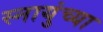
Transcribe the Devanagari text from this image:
स्नायुंच्या